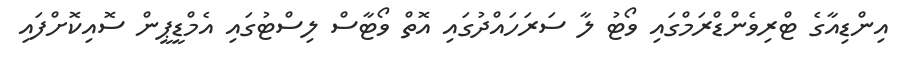
އިންޑިއާގެ ޓްރިވެންޑްރަމްގައި ވޯޓު ލާ ސަރަހައްދުގައި އޮތް ވޯޓާސް ލިސްޓުގައި އެމްޑީޕީން ސޮއިކޮށްފައި